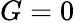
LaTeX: G=0